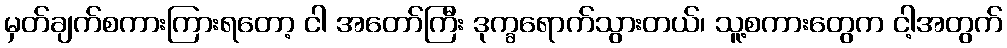
မှတ်ချက်စကားကြားရတော့ ငါ အတော်ကြီး ဒုက္ခရောက်သွားတယ်၊ သူ့စကားတွေက ငါ့အတွက်